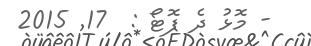
- މޮޅު ދެ ފޮޓޯ :  17